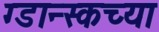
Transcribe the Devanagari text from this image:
ग्डान्स्कच्या